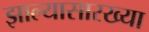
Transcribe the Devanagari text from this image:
झाल्यासारख्या